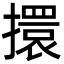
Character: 擐